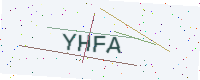
Text: YHFA